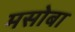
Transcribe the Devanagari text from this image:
मसोबा